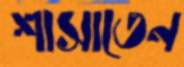
শাসাতেন